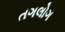
તગલોગ